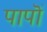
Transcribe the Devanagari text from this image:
पापॊं